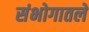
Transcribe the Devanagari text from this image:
संभोगातले